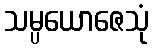
သမ္ပယောဇေသုံ